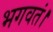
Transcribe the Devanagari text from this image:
भगवतं।